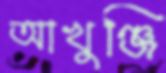
আখুঞ্জি